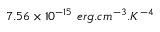
7 . 5 6 \times 1 0 ^ { - 1 5 } \ e r g . c m ^ { - 3 } . K ^ { - 4 }